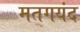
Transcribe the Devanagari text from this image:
मतगयंद